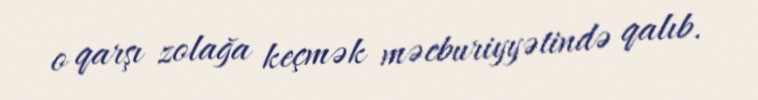
o qarşı zolağa keçmək məcburiyyətində qalıb.